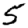
Digit: 5